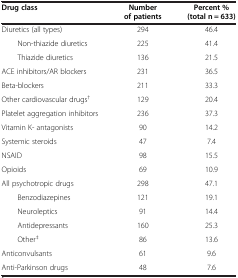
<table><thead><tr><td><b>Drug class</b></td><td><b>Number of patients</b></td><td><b>Percent % (total n = 633)</b></td></tr></thead><tbody><tr><td>Diuretics (all types)</td><td>294</td><td>46.4</td></tr><tr><td>Non-thiazide diuretics</td><td>225</td><td>41.4</td></tr><tr><td>Thiazide diuretics</td><td>136</td><td>21.5</td></tr><tr><td>ACE inhibitors/AR blockers</td><td>231</td><td>36.5</td></tr><tr><td>Beta-blockers</td><td>211</td><td>33.3</td></tr><tr><td>Other cardiovascular drugs<sup>†</sup></td><td>129</td><td>20.4</td></tr><tr><td>Platelet aggregation inhibitors</td><td>236</td><td>37.3</td></tr><tr><td>Vitamin K- antagonists</td><td>90</td><td>14.2</td></tr><tr><td>Systemic steroids</td><td>47</td><td>7.4</td></tr><tr><td>NSAID</td><td>98</td><td>15.5</td></tr><tr><td>Opioids</td><td>69</td><td>10.9</td></tr><tr><td>All psychotropic drugs</td><td>298</td><td>47.1</td></tr><tr><td>Benzodiazepines</td><td>121</td><td>19.1</td></tr><tr><td>Neuroleptics</td><td>91</td><td>14.4</td></tr><tr><td>Antidepressants</td><td>160</td><td>25.3</td></tr><tr><td>Other<sup>‡</sup></td><td>86</td><td>13.6</td></tr><tr><td>Anticonvulsants</td><td>61</td><td>9.6</td></tr><tr><td>Anti-Parkinson drugs</td><td>48</td><td>7.6</td></tr></tbody></table>